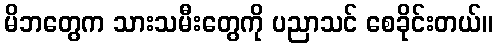
မိဘတွေက သားသမီးတွေကို ပညာသင် စေခိုင်းတယ်။